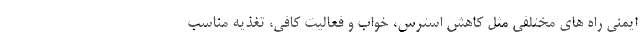
ایمنی راه های مختلفی مثل کاهش استرس، خواب و فعالیت کافی، تغذیه مناسب